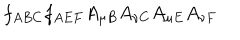
LaTeX: f _ { A B C } f _ { A E F } A _ { \mu B } A _ { \nu C } A _ { \mu E } A _ { \nu F }